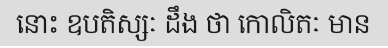
នោះ ឧបតិស្សៈ ដឹង ថា កោលិតៈ មាន